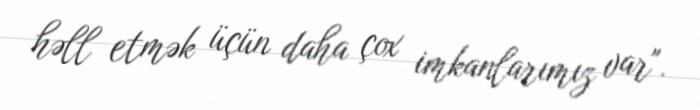
həll etmək üçün daha çox imkanlarımız var".